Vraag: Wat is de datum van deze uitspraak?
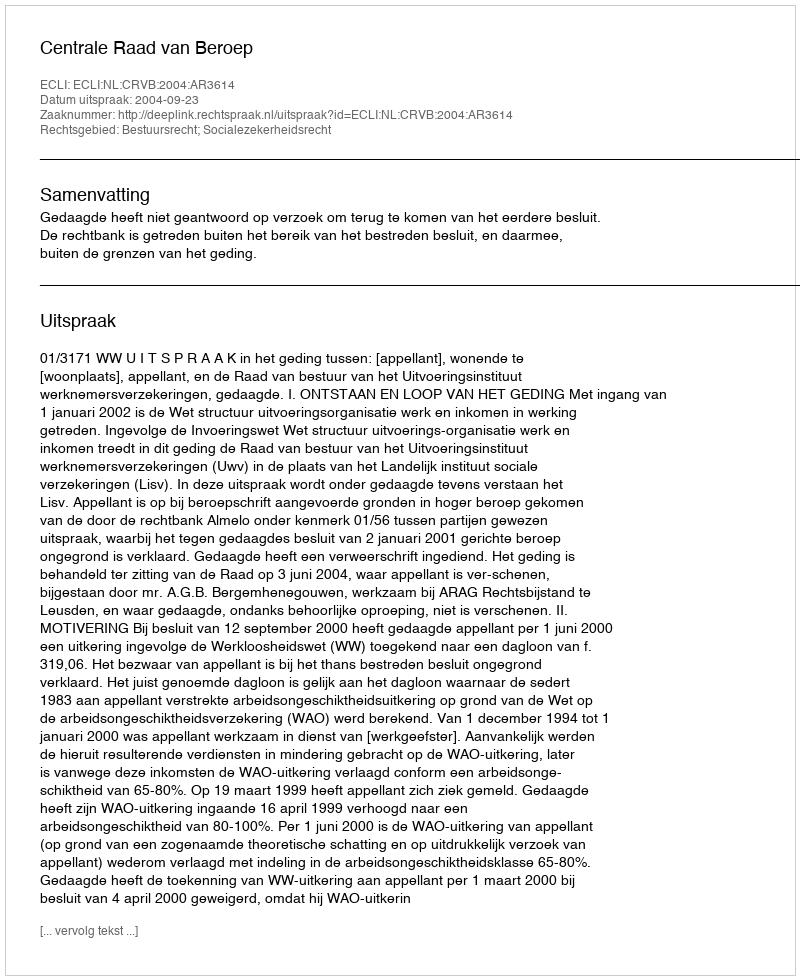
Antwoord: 2004-09-23